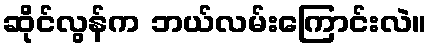
ဆိုင်လွန်က ဘယ်လမ်းကြောင်းလဲ။